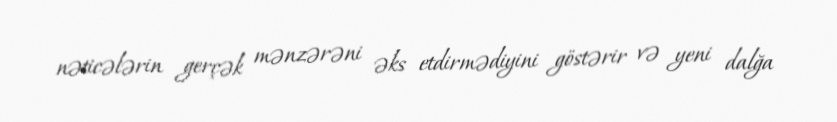
nəticələrin gerçək mənzərəni əks etdirmədiyini göstərir və yeni dalğa